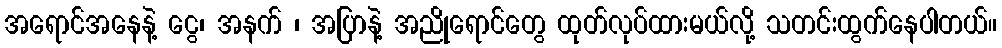
အရောင်အနေနဲ့ ငွေ၊ အနက် ၊ အပြာနဲ့ အညိုရောင်တွေ ထုတ်လုပ်ထားမယ်လို့ သတင်းထွက်နေပါတယ်။